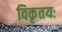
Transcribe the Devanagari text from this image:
विकृतयः